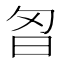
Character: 𭥘